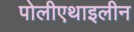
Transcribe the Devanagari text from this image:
पोलीएथाइलीन